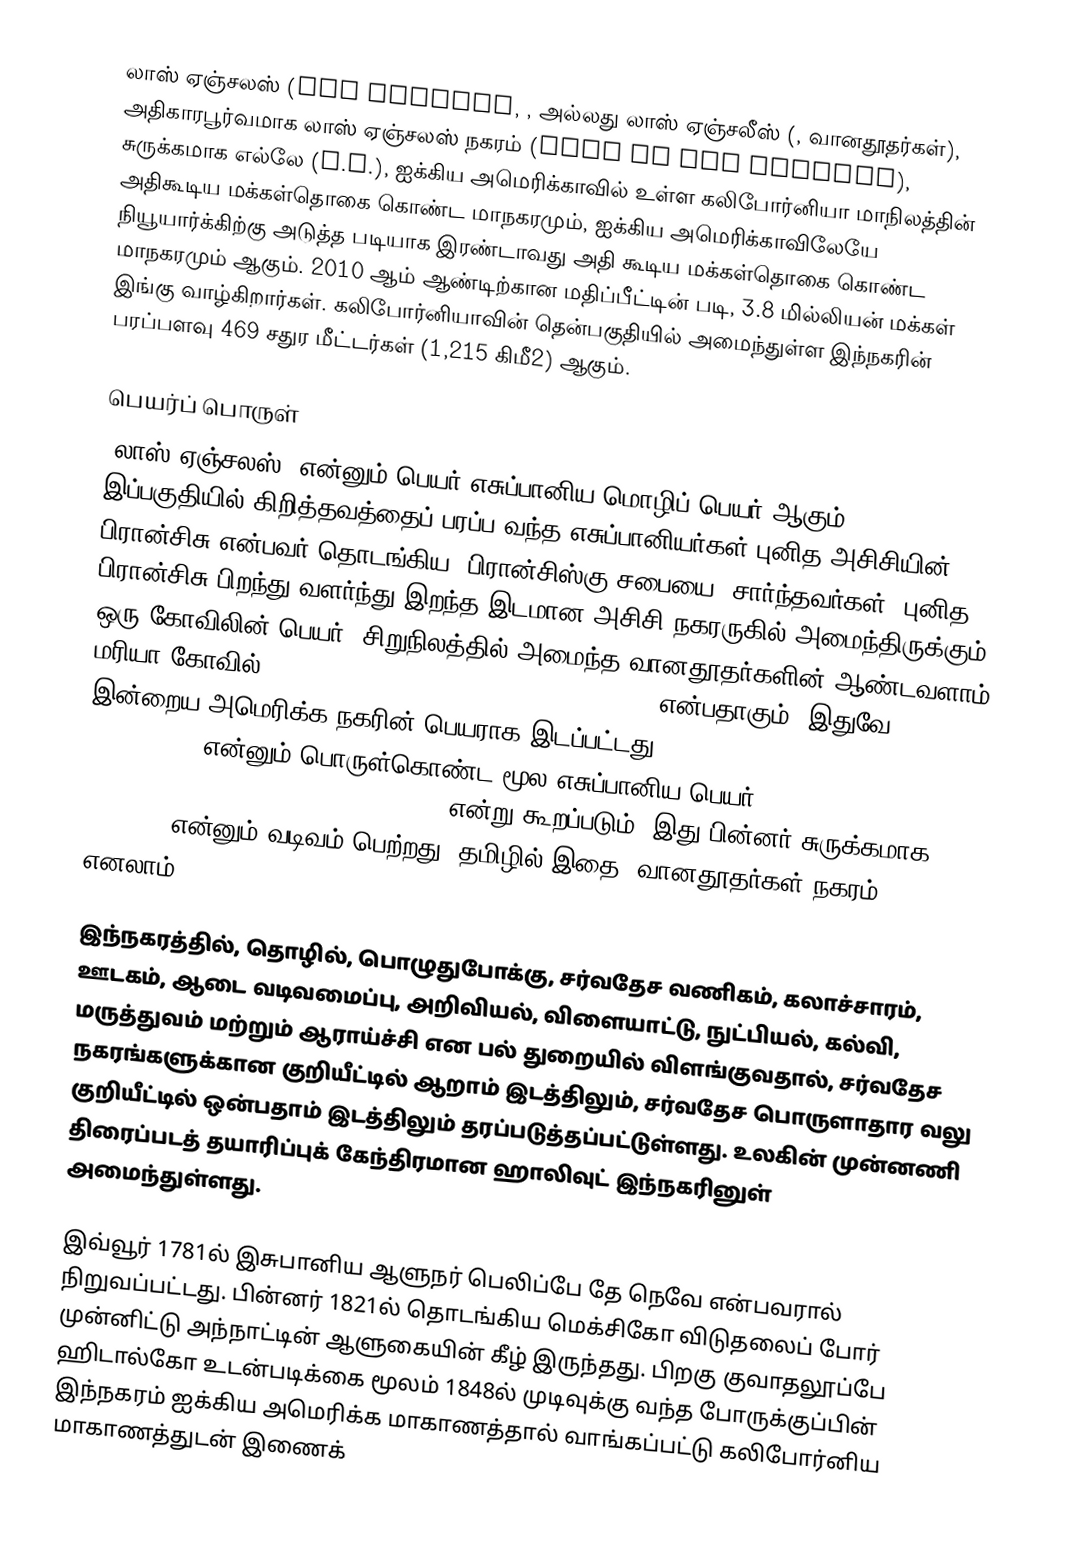
லாஸ் ஏஞ்சலஸ் (Los Angeles, ,  அல்லது லாஸ் ஏஞ்சலீஸ் (, வானதூதர்கள்), அதிகாரபூர்வமாக லாஸ் ஏஞ்சலஸ் நகரம் (City of Los Angeles), சுருக்கமாக எல்லே (L.A.), ஐக்கிய அமெரிக்காவில் உள்ள கலிபோர்னியா மாநிலத்தின் அதிகூடிய மக்கள்தொகை கொண்ட மாநகரமும், ஐக்கிய அமெரிக்காவிலேயே நியூயார்க்கிற்கு அடுத்த படியாக இரண்டாவது அதி கூடிய மக்கள்தொகை கொண்ட மாநகரமும் ஆகும். 2010 ஆம் ஆண்டிற்கான மதிப்பீட்டின் படி, 3.8 மில்லியன் மக்கள் இங்கு வாழ்கிறார்கள். கலிபோர்னியாவின் தென்பகுதியில் அமைந்துள்ள இந்நகரின் பரப்பளவு 469 சதுர மீட்டர்கள் (1,215 கிமீ2) ஆகும்.

பெயர்ப் பொருள்
"லாஸ் ஏஞ்சலஸ்" என்னும் பெயர் எசுப்பானிய மொழிப் பெயர் ஆகும். இப்பகுதியில் கிறித்தவத்தைப் பரப்ப வந்த எசுப்பானியர்கள் புனித அசிசியின் பிரான்சிசு என்பவர் தொடங்கிய "பிரான்சிஸ்கு சபையை" சார்ந்தவர்கள். புனித பிரான்சிசு பிறந்து வளர்ந்து இறந்த இடமான அசிசி நகரருகில் அமைந்திருக்கும் ஒரு கோவிலின் பெயர் "சிறுநிலத்தில் அமைந்த வானதூதர்களின் ஆண்டவளாம் மரியா கோவில்" (Our Lady of the Angels of Portiuncula) என்பதாகும். இதுவே இன்றைய அமெரிக்க நகரின் பெயராக இடப்பட்டது. Town of Our Lady of the Angels of Portiuncula என்னும் பொருள்கொண்ட மூல எசுப்பானிய பெயர் "El Pueblo de Nuestra Señora de los Angeles de Porciuncula" என்று கூறப்படும். இது பின்னர் சுருக்கமாக "Los Angeles" என்னும் வடிவம் பெற்றது. தமிழில் இதை "வானதூதர்கள் நகரம்" எனலாம்.

இந்நகரத்தில், தொழில், பொழுதுபோக்கு, சர்வதேச வணிகம், கலாச்சாரம், ஊடகம், ஆடை வடிவமைப்பு, அறிவியல், விளையாட்டு, நுட்பியல், கல்வி, மருத்துவம் மற்றும் ஆராய்ச்சி என பல் துறையில் விளங்குவதால், சர்வதேச நகரங்களுக்கான குறியீட்டில் ஆறாம் இடத்திலும், சர்வதேச பொருளாதார வலு குறியீட்டில் ஒன்பதாம் இடத்திலும் தரப்படுத்தப்பட்டுள்ளது. உலகின் முன்னணி திரைப்படத் தயாரிப்புக் கேந்திரமான ஹாலிவுட் இந்நகரினுள் அமைந்துள்ளது.

இவ்வூர் 1781ல் இசுபானிய ஆளுநர் பெலிப்பே தே நெவே என்பவரால் நிறுவப்பட்டது. பின்னர் 1821ல் தொடங்கிய மெக்சிகோ விடுதலைப் போர் முன்னிட்டு அந்நாட்டின் ஆளுகையின் கீழ் இருந்தது. பிறகு குவாதலூப்பே ஹிடால்கோ உடன்படிக்கை மூலம் 1848ல் முடிவுக்கு வந்த போருக்குப்பின் இந்நகரம் ஐக்கிய அமெரிக்க மாகாணத்தால் வாங்கப்பட்டு கலிபோர்னிய மாகாணத்துடன் இணைக்